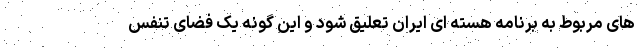
های مربوط به برنامه هسته ای ایران تعلیق شود و این گونه یک فضای تنفس